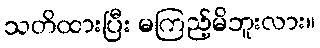
သတိထားပြီး မကြည့်မိဘူးလား။